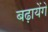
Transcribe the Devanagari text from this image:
बढ़ायेंगे